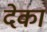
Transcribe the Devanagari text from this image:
देका